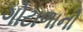
ગોટાળાનો